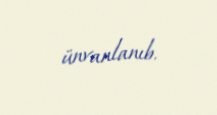
ünvanlanıb.